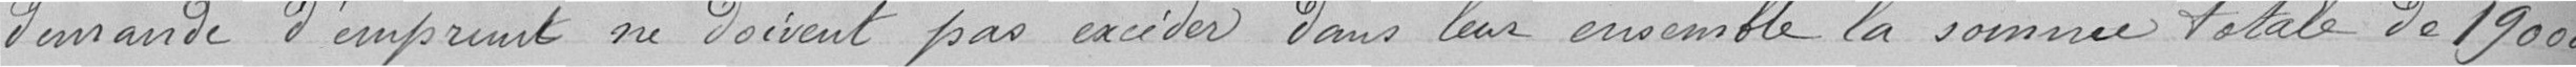
demande d'emprunt ne doivent pas excéder dans leur ensemble la somme totale de 190 000 francs